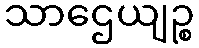
သာဌေယျဉ္စ